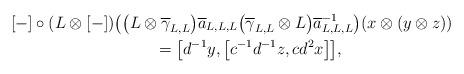
LaTeX: \begin{gather*}[-] \circ ( L\otimes [-] ) \big( \big(L\otimes \overline{\gamma }_{L,L}\big) \overline{a}_{L,L,L}\big(\overline{\gamma }_{L,L}\otimes L\big) \overline{a}_{L,L,L}^{-1}\big) ( x\otimes ( y\otimes z ) ) \\ \qquad{}=\big[ d^{-1}y,\big[ c^{-1}d^{-1}z,cd^{2}x\big] \big],\end{gather*}